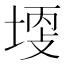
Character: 𡎩